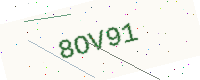
Text: 8OV91